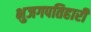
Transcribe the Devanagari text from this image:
भुजगपतिहारी